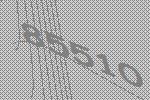
85510